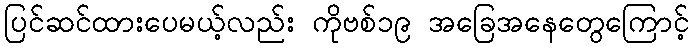
ပြင်ဆင်ထားပေမယ့်လည်း ကိုဗစ်၁၉ အခြေအနေတွေကြောင့်